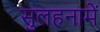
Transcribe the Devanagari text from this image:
सुलहनामें